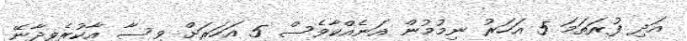
އަދި ފުރަތަމަ 5 އަހަރު ނިމުމުން އަނެއްކާވެސް 5 އަހަރަށް ވިސާ އާކުރެވިދާނޭ